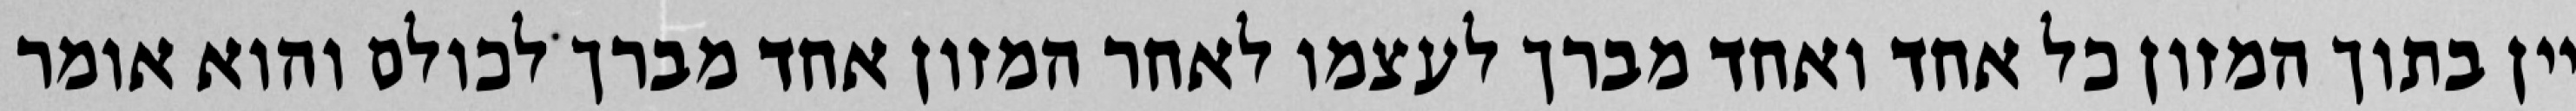
יין בתוך המזון כל אחד ואחד מברך לעצמו לאחר המזון אחד מברך לכולם והוא אומר